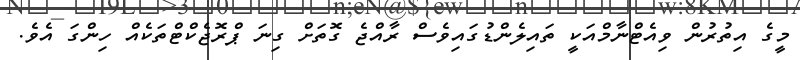
މީގެ އިތުރުން ވިއެޓްނާމްއަކީ ތައިލެންޑުގައިވެސް ރާއްޖެ ގޮތަށް ގިނަ ޕްރޮޖެކްޓްތަކެއް ހިންގަ އެވެ.